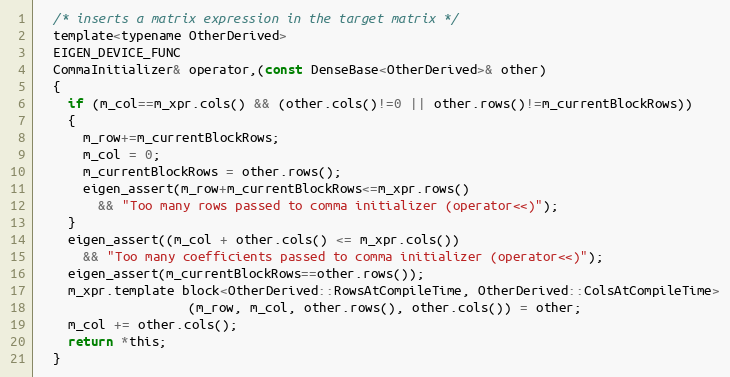
Language: C
  /* inserts a matrix expression in the target matrix */
  template<typename OtherDerived>
  EIGEN_DEVICE_FUNC
  CommaInitializer& operator,(const DenseBase<OtherDerived>& other)
  {
    if (m_col==m_xpr.cols() && (other.cols()!=0 || other.rows()!=m_currentBlockRows))
    {
      m_row+=m_currentBlockRows;
      m_col = 0;
      m_currentBlockRows = other.rows();
      eigen_assert(m_row+m_currentBlockRows<=m_xpr.rows()
        && "Too many rows passed to comma initializer (operator<<)");
    }
    eigen_assert((m_col + other.cols() <= m_xpr.cols())
      && "Too many coefficients passed to comma initializer (operator<<)");
    eigen_assert(m_currentBlockRows==other.rows());
    m_xpr.template block<OtherDerived::RowsAtCompileTime, OtherDerived::ColsAtCompileTime>
                    (m_row, m_col, other.rows(), other.cols()) = other;
    m_col += other.cols();
    return *this;
  }